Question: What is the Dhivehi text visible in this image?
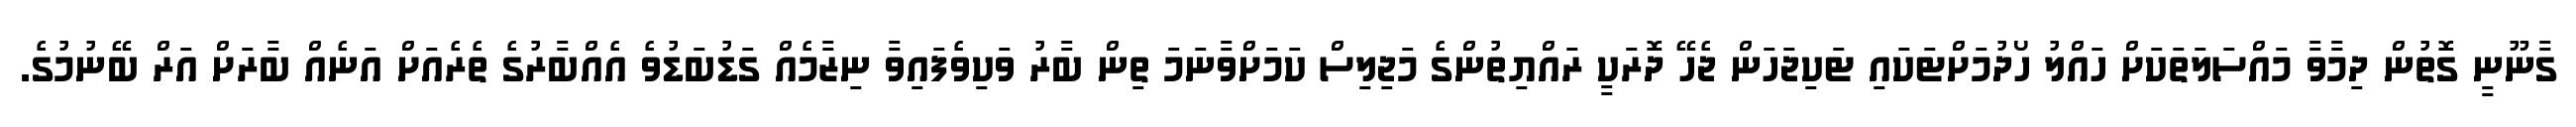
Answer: ގާނޫނީ ގޮތުން ދިމާވާ މައްސަލަތަކަށް ހައްލު ހޯދުމަށްޓަކައި ޓަކިޖަހަން ޖެހޭ ދޮރަކީ ރައްޔިތުންގެ މަޖިލިސް ކަމަށްވާނަމަ ތިން ބާރު ވަކިވެފައިވާ ނިޒާމެއް ގަޑުބަޑުވެ އެއްބާރުގެ ތެރެއަށް އަނެއް ބާރަށް އަރް ބޭނުމުގެ.